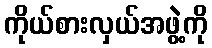
ကိုယ်စားလှယ်အဖွဲ့ကို